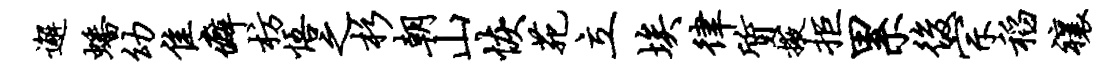
邂蟠幼隹癖枋悟之杉朝山恢苑立埃律质掖拒累后宗稻禳